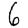
Digit: 6